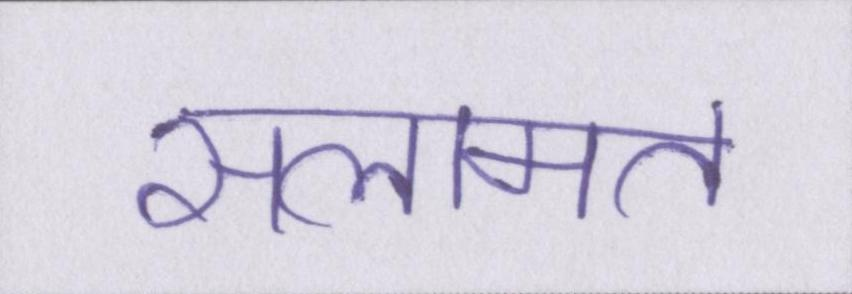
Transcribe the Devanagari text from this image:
सलामत